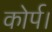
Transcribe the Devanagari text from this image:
कोर्प।